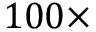
1 0 0 \times